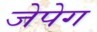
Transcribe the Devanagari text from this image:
जेपेग